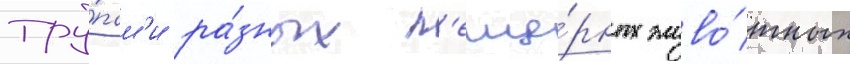
тру́пам'и ра́зных п'еще́рных живо́тных